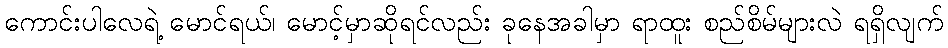
ကောင်းပါလေရဲ့ မောင်ရယ်၊ မောင့်မှာဆိုရင်လည်း ခုနေအခါမှာ ရာထူး စည်စိမ်များလဲ ရရှိလျက်